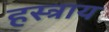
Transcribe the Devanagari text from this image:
हस्त्राय